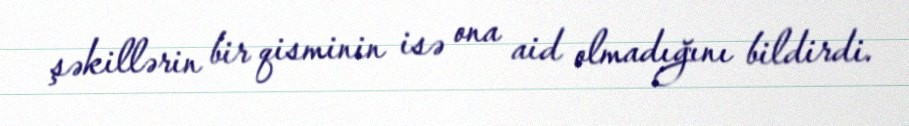
şəkillərin bir qisminin isə ona aid olmadığını bildirdi.